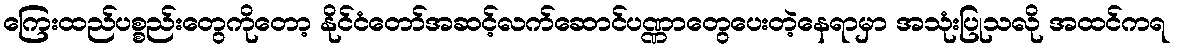
ကြေးထည်ပစ္စည်းတွေကိုတော့ နိုင်ငံတော်အဆင့်လက်ဆောင်ပဏ္ဏာတွေပေးတဲ့နေရာမှာ အသုံးပြုသလို အထင်ကရ